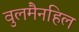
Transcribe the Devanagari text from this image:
वुलमैनहिल